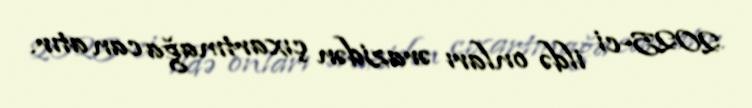
2025-ci ildə onları ərazidən çıxartmağa can atır.